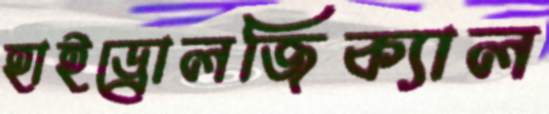
হাইড্রোলজিক্যাল